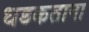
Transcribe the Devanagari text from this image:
धडकताना